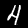
Label: 4